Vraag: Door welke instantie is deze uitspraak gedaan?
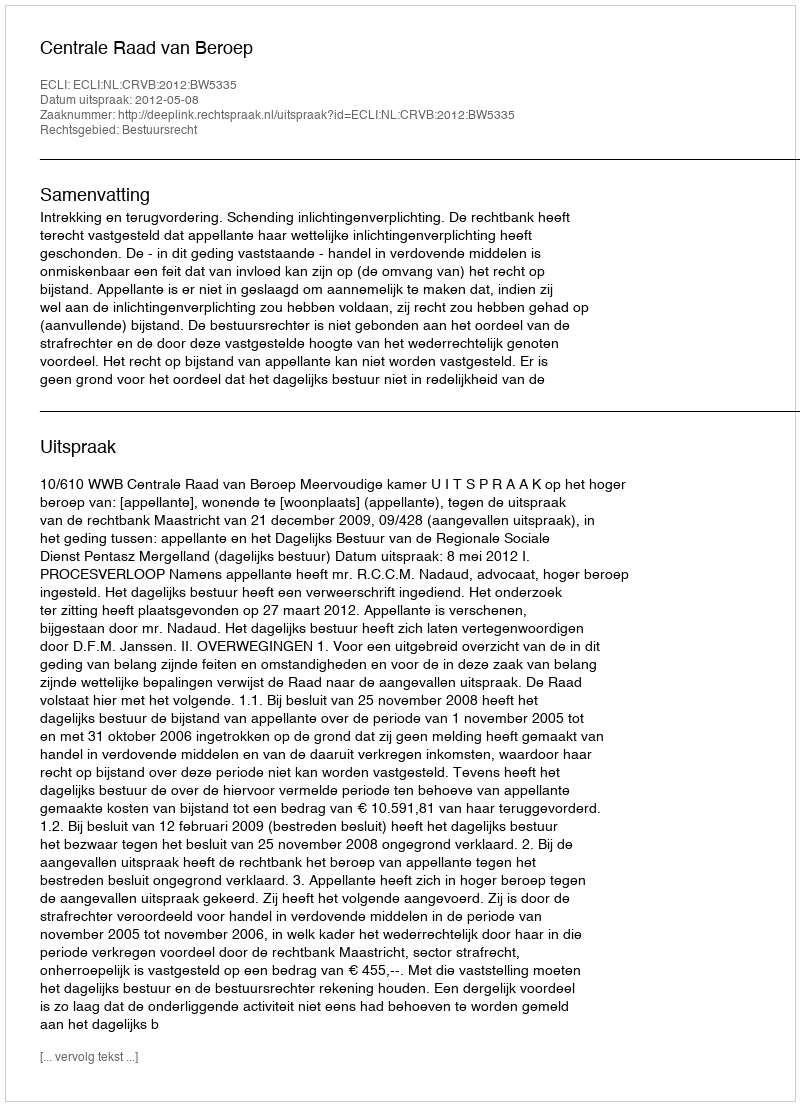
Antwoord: Centrale Raad van Beroep